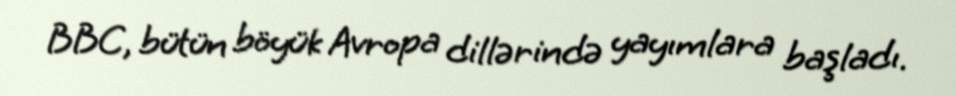
BBC, bütün böyük Avropa dillərində yayımlara başladı.